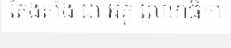
តែងតាំង ជា អគ្គ លេខាធិកា